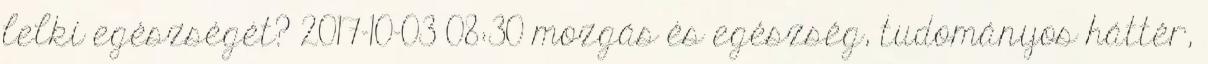
lelki egészségét? 2017-10-03 08:30 mozgás és egészség, tudományos háttér,